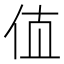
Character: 𰁲